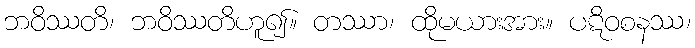
ဘဝိဿတိ၊ ဘဝိဿတိဟူ၍။ တဿာ၊ ထိုမယားအား။ ပဋိဝစနဿ၊